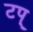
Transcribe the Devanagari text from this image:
टप्